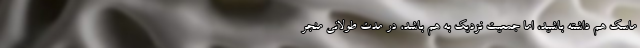
ماسک هم داشته باشید، اما جمعیت نزدیک به هم باشد، در مدت طولانی منجر